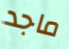
ماجد